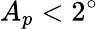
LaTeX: A_{p}<2^{\circ}